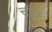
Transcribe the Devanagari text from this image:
चांउर